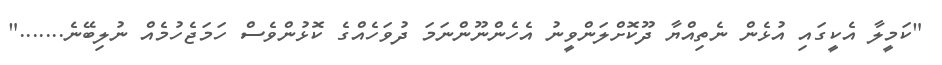
"ކަމީލާ އެކީގައި އުޅެން ނެތިއްޔާ ދޫކޮށްލަންވީނު އެހެންނޫންނަމަ ދުވަހެއްގެ ކޮޅުންވެސް ހަމަޖެހުމެއް ނުލިބޭނެ......."